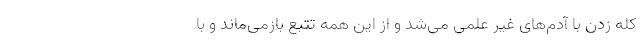
کله زدن با آدم‌های غیر علمی می‌شد و از این همه تتبع بازمی‌ماند و با